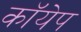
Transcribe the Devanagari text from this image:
कॉयेप